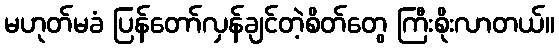
မဟုတ်မခံ ပြန်တော်လှန်ချင်တဲ့စိတ်တွေ ကြီးစိုးလာတယ်။